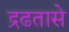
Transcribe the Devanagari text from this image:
द्रढतासे